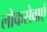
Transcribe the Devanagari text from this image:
लोकसेवाएँ